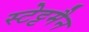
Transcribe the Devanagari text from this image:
स्टेट्टमैन